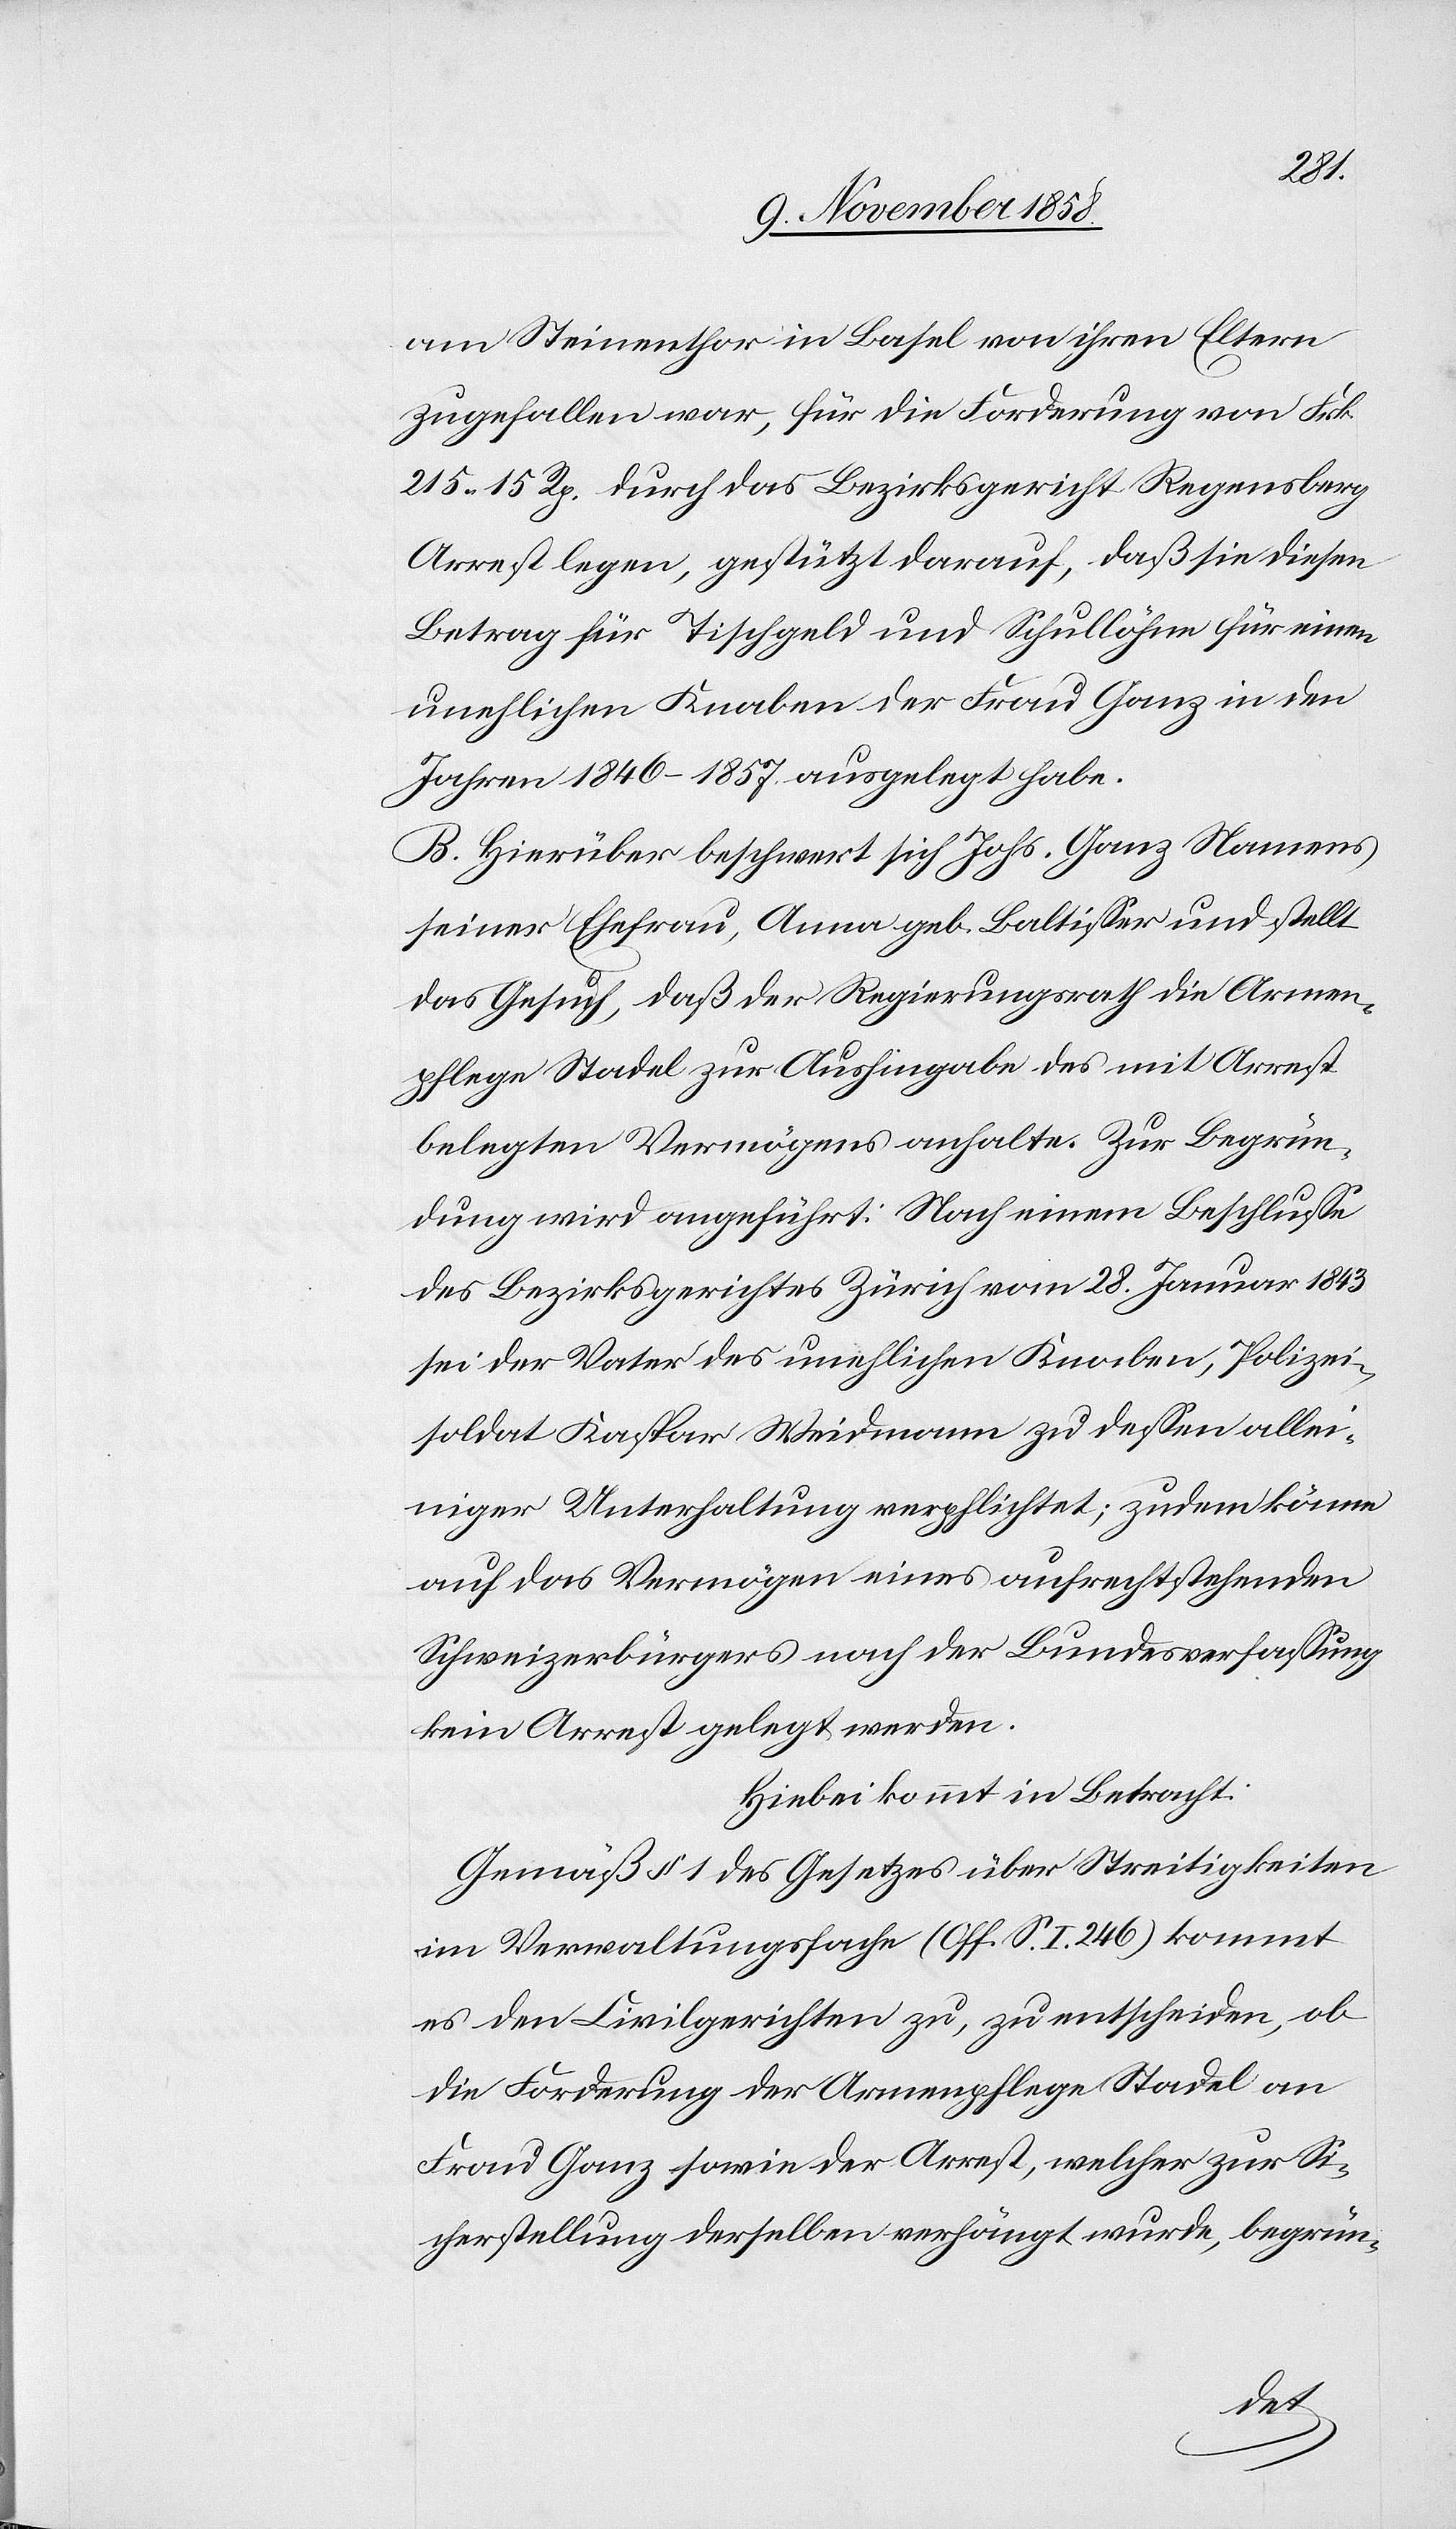
am Steinenthor in Basel von ihren Eltern
zugefallen war, für die Forderung von Frk.
215 15 Rp. durch das Bezirksgericht Regensberg
Arrest legen, gestützt darauf, daß sie diesen
Betrag für Tischgeld und Schullöhne für einen
unehlichen Knaben der Frau Ganz in den
Jahren 1846–1857. ausgelegt habe.
B. Hierüber beschwert sich Johs. Ganz Namens
seiner Ehefrau, Anna geb. Baltisser und stellt
das Gesuch, daß der Regierungsrath die Armen¬
pflege Stadel zur Aushingabe des mit Arrest
belegten Vermögens anhalte. Zur Begrün¬
dung wird angeführt: Nach einem Beschlusse
des Bezirksgerichtes Zürich vom 28. Januar 1843
sei der Vater des unehlichen Knaben, Polizei¬
soldat Kaspar Weidmann zu dessen allei¬
niger Unterhaltung verpflichtet; zudem könne
auf das Vermögen eines aufrechtstehenden
Schweizerbürgers nach der Bundesverfassung
kein Arrest gelegt werden.
Hiebei kommt in Betracht:
Gemäß § 1 des Gesetzes über Streitigkeiten
im Verwaltungsfache (Off. S. I. 246) kommt
es den Civilgerichten zu, zu entscheiden, ob
die Forderung der Armenpflege Stadel an
Frau Ganz sowie der Arrest, welcher zur Si¬
cherstellung derselben verhängt wurde, begrün-